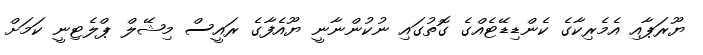
ޔޫރަޕާއި އެމެރިކާގެ ކެންޑިޑޭޓެއްގެ ގޮތުގައި ނުކުންނާނީ ޔޫއެފާގެ ރައީސް މިޝޭލް ޕްލެޓިނީ ކަމަށް